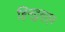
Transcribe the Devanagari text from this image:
हिन्दुत्त्व